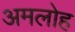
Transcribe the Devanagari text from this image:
अमलोह